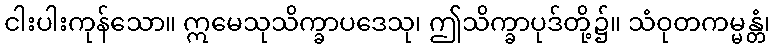
ငါးပါးကုန်သော။ ဣမေသုသိက္ခာပဒေသု၊ ဤသိက္ခာပုဒ်တို့၌။ သံဝုတကမ္မန္တံ၊